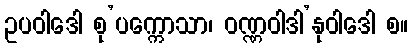
ဥပဝါဒေါ စု’ပက္ကောသာ၊ ဝဏ္ဏဝါဒါ’နုဝါဒေါ စ။